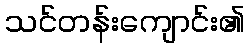
သင်တန်းကျောင်း၏